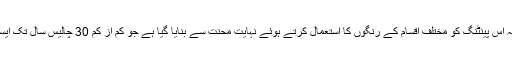
حنیف نے بتایا کہ اس پینٹنگ کو مختلف اقسام کے رنگوں کا استعمال کرتے ہوئے نہایت محنت سے بنایا گیا ہے جو کم از کم 30 چالیس سال تک ایسے ہی رہیں گے۔